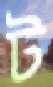
ট